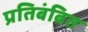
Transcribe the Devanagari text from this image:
प्रतिबंबित